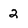
Character: 2